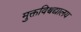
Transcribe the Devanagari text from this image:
मुक्तविश्वद्यालय